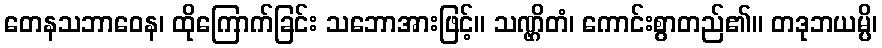
တေနသဘာဝေန၊ ထိုကြောက်ခြင်း သဘောအားဖြင့်။ သဏ္ဌိတံ၊ ကောင်းစွာတည်၏။ တဒုဘယမ္ပိ၊